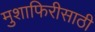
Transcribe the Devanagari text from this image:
मुशाफिरीसाठी